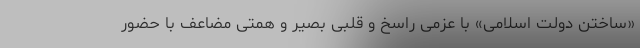
«ساختن دولت اسلامی» با عزمی راسخ و قلبی بصیر و همتی مضاعف با حضور